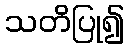
သတိပြု၍